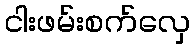
ငါးဖမ်းစက်လှေ